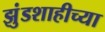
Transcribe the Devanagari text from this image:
झुंडशाहीच्या